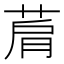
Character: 菺